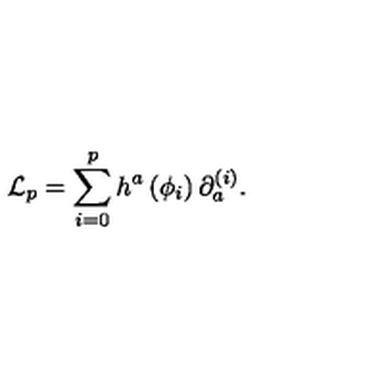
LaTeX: { \cal L } _ { p } = \sum _ { i = 0 } ^ { p } h ^ { a } \left( \phi _ { i } \right) \partial _ { a } ^ { ( i ) } .